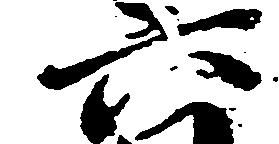
六